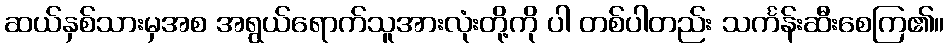
ဆယ်နှစ်သားမှအစ အရွယ်ရောက်သူအားလုံးတို့ကို ပါ တစ်ပါတည်း သင်္ကန်းဆီးစေကြ၏။